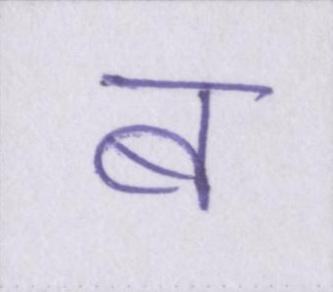
ब